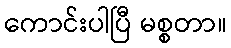
ကောင်းပါပြီ မစ္စတာ။